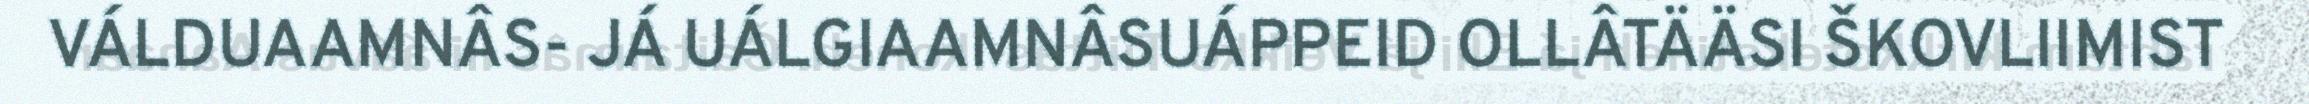
VÁLDUAAMNÂS- JÁ UÁLGIAAMNÂSUÁPPEID OLLÂTÄÄSI ŠKOVLIIMIST